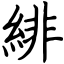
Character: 緋